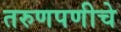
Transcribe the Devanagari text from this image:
तरुणपणीचे